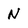
Character: N